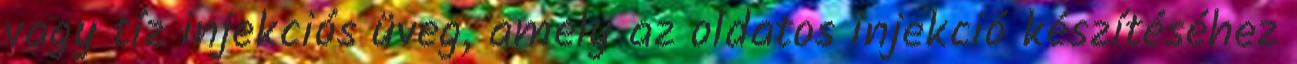
vagy tíz injekciós üveg, amely az oldatos injekció készítéséhez